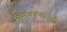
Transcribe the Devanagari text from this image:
स्थिरीकरणासाठी